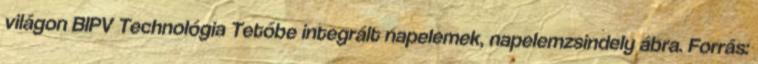
világon BIPV Technológia Tetőbe integrált napelemek, napelemzsindely ábra. Forrás: